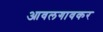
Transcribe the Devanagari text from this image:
आवलगावकर